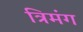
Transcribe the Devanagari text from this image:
त्रिमंग